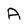
Character: A